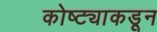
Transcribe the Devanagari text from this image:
कोष्ट्याकडून